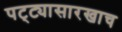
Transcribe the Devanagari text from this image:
पट्ट्यासारखाच